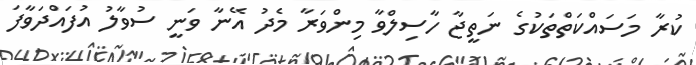
ކުރާ މަސައްކަތްތަކުގެ ނަތީޖާ ހާސިލްވާ މިންވަރާ މެދު އޭނާ ވަނީ ސުވާލު އުފައްދަވާފަ